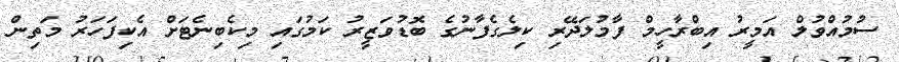
ސުމުއްވުލް އަމީރު އިބްރާހީމް ފާމުލަދޭރި ކިލެގެފާނުގެ ބޮޑުވަޒީރު ކަމުގައި މިކެބިނެޓަށް އެކިފަހަރު މަތިން